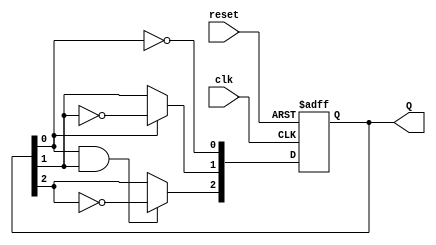
module ripple_counter (
    input wire clk,        // Clock input
    input wire reset,      // Asynchronous reset input
    output reg [2:0] Q     // 3-bit output
);

// Flip-Flop behavior
always @(posedge clk or posedge reset) begin
    if (reset) begin
        Q <= 3'b000;      // Reset counter to 0
    end else begin
        // Ripple Counter Logic
        Q[0] <= ~Q[0];    // Toggle the least significant bit (LSB)
        Q[1] <= Q[0] ? ~Q[1] : Q[1]; // Toggle Q[1] on the transition of Q[0]
        Q[2] <= (Q[0] & Q[1]) ? ~Q[2] : Q[2]; // Toggle Q[2] on the transition of Q[1] when Q[0] is high
    end
end

endmodule